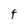
Character: F